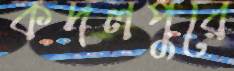
কদলপুরে